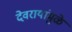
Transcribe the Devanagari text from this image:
देवरायांमुळे